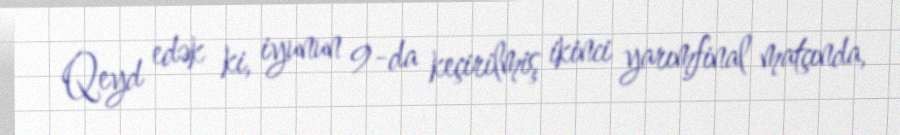
Qeyd edək ki, iyunun 9-da keçirilmiş ikinci yarımfinal matçında,